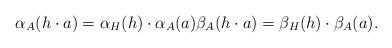
LaTeX: \begin{gather*} \alpha _A(h\cdot a)=\alpha _H(h)\cdot \alpha _A(a) \beta_A(h\cdot a)=\beta _H(h)\cdot \beta _A(a).\end{gather*}